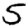
Digit: 5